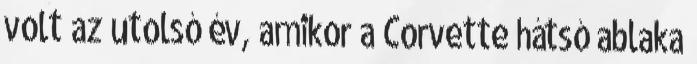
volt az utolsó év, amikor a Corvette hátsó ablaka